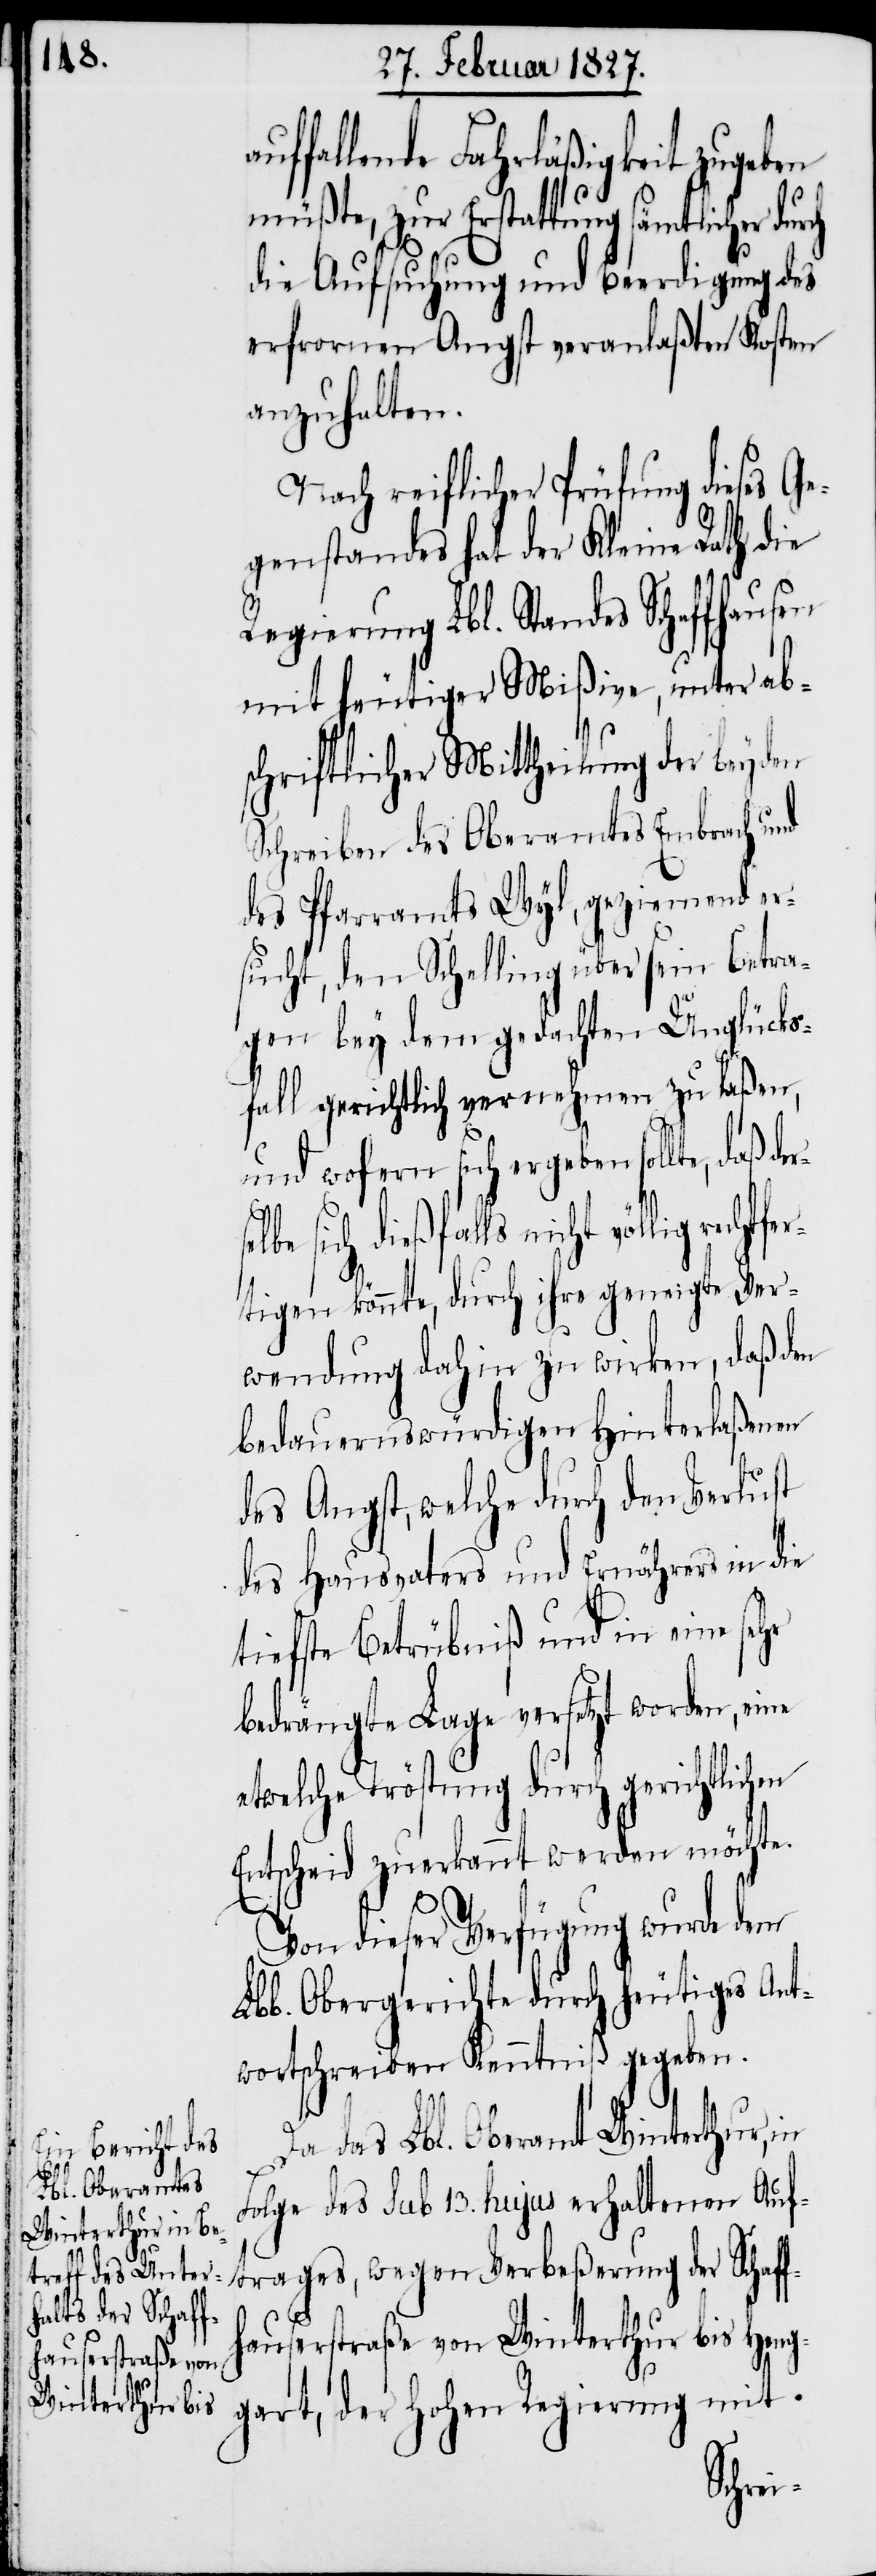
a¬

uffallende Fahrläßigkeit zugeben
müßte, zur Erstattung sämtlicher durch
die Aufsuchung und Beerdigung des
erfrornen Angst veranlaßten Kosten
anzuhalten.
Nach reiflicher Prüfung dieses Ge¬
genstandes hat der Kleine Rath die
Regierung Lbl. Standes Schaffhausen
mit heutiger Mißive, unter ab¬
schriftlicher Mittheilung der beyden
Schreiben des Oberamtes Embrach und
des Pfarramts Wyl, geziemend er¬
sucht, den Schelling über sein Betra¬
gen bey dem gedachten Unglücks¬
fall gerichtlich vernehmen zu laßen,
und wofern sich ergeben sollte, daß
sich dießfalls nicht völlig re¬
rtigen könnte, durch ihre geneigte Ver¬
wendung dahin zu wirken, daß den
bedauernswürdigen Hinterlaßenen
des Angst, welche durch den Verlust
des Hausvaters und Ernährers in die
tiefste Betrübniß und in eine sehr
bedrängte Lage versetzt worden, eine
etwelche Tröstung durch gerichtlichen
Entscheid zuerkannt werden möchte.
Von dieser Verfügung wurde dem
Lbl. Obergerichte durch heutiges Ant¬
wortschreiben Kenntniß gegeben.
Da das Lbl. Oberamt Winterthur, in
Folge des sub 13. hujus erhaltenen Auf¬
trages, wegen Verbeßerung der Schaf¬
fhauserstraße von Winterthur bis Heng¬
gart, der Hohen Regierung mit
chtfe¬